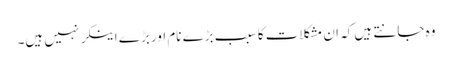
وہ جانتے ہیں کہ ان مشکلات کا سبب بڑے نام اور بڑے اینکر نہیں ہیں۔